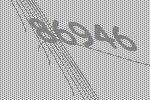
86946